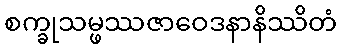
စက္ခုသမ္ဖဿဇာဝေဒနာနိဿိတံ